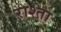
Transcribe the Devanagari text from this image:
राश्ता